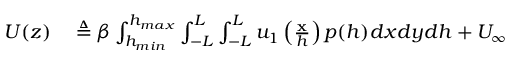
\begin{array} { r l } { U ( z ) } & { { } \triangleq \beta \int _ { h _ { m i n } } ^ { h _ { m a x } } \int _ { - L } ^ { L } \int _ { - L } ^ { L } u _ { 1 } \left( \frac { \mathbf { x } } { h } \right) p ( h ) d x d y d h + U _ { \infty } } \end{array}